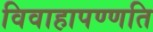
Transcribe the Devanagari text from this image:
विवाहापण्णति